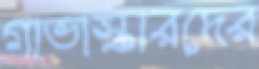
গাভাস্কারদের